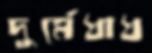
দুর্মেধাধ